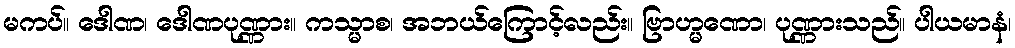
မကပ်။ ဒေါဏ၊ ဒေါဏပုဏ္ဏား။ ကသ္မာစ၊ အဘယ်ကြောင့်လည်း။ ဗြာဟ္မဏော၊ ပုဏ္ဏားသည်။ ပါယမာနံ၊